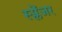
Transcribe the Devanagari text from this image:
स्प्लेंजर